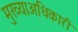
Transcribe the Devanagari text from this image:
मुख्याअधिकारी